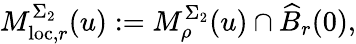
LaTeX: M_{\mathrm{loc},r}^{\Sigma_{2}}(u):=M_{\rho}^{\Sigma_{2}}(u)\cap\widehat{B}_{r}(0),